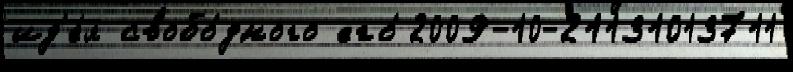
ид'е́я свобо́дного его́ 2009-10-21131013711